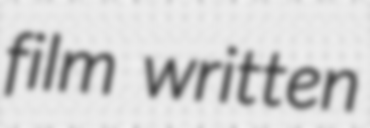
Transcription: film written